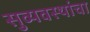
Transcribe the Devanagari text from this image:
सुव्यवस्थांचा